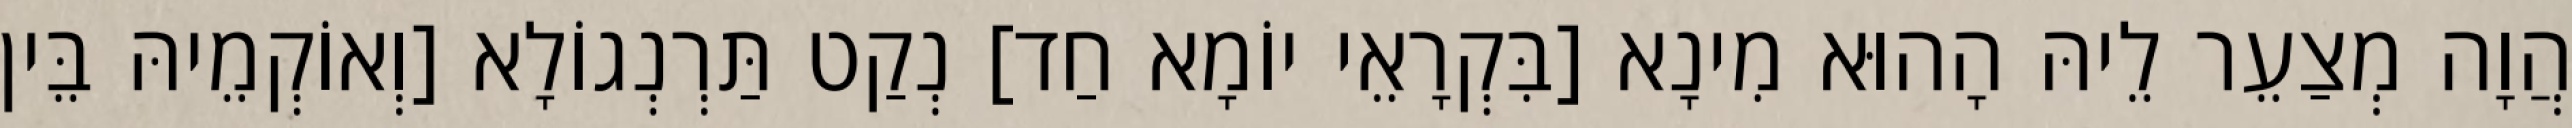
הֲוָה מְצַעֵר לֵיהּ הָהוּא מִינָא [בִּקְרָאֵי יוֹמָא חַד] נְקַט תַּרְנְגוֹלָא [וְאוֹקְמֵיהּ בֵּין